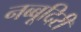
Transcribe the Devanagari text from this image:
नब्‍बूदिरी